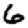
Digit: 6